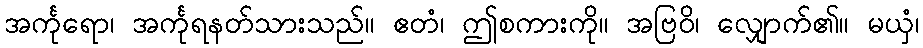
အင်္ကုရော၊ အင်္ကုရနတ်သားသည်။ ဧတံ၊ ဤစကားကို။ အဗြဝိ၊ လျှောက်၏။ မယှံ၊